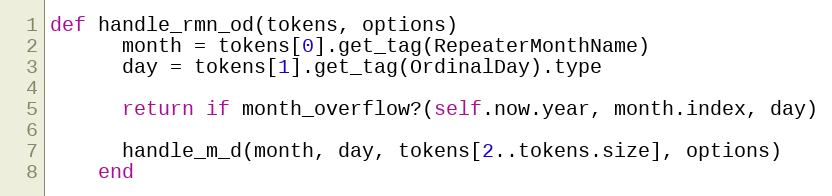
Language: Ruby
def handle_rmn_od(tokens, options)
      month = tokens[0].get_tag(RepeaterMonthName)
      day = tokens[1].get_tag(OrdinalDay).type

      return if month_overflow?(self.now.year, month.index, day)

      handle_m_d(month, day, tokens[2..tokens.size], options)
    end